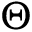
\Theta